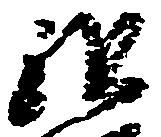
祖